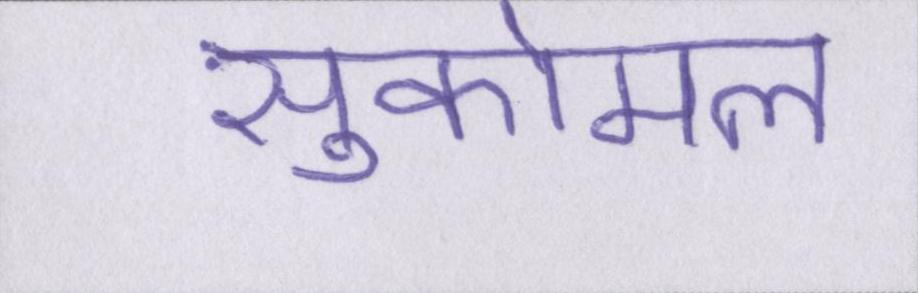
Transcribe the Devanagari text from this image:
सुकोमल